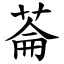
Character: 菕